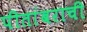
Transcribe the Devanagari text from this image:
पीतांबराची